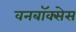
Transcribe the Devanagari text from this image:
वनबॉक्सेस